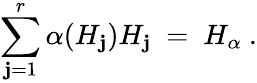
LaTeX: \sum_{\mathbf{j}=1}^{r}\alpha(H_{\mathbf{j}})H_{\mathbf{j}}~=~H_{\alpha}~.